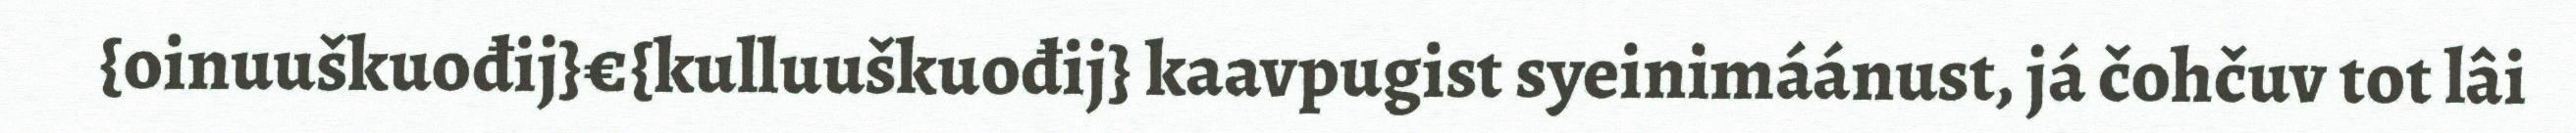
{oinuuškuođij}€{kulluuškuođij} kaavpugist syeinimáánust, já čohčuv tot lâi